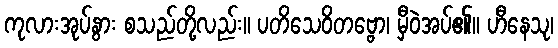
ကုလားအုပ်နွား စသည်တို့လည်း။ ပတိသေဝိတဗ္ဗော၊ မှီဝဲအပ်၏။ ဟီနေသု၊